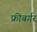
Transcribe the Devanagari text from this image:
फ्रीबर्गर